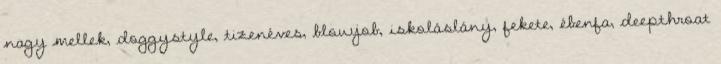
nagy mellek, doggystyle, tizenéves, blowjob, iskoláslány, fekete, ébenfa, deepthroat